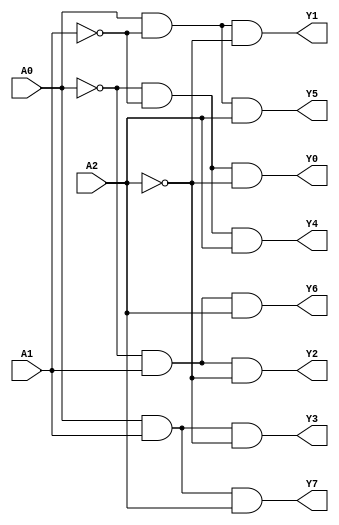
module decoder_3to8 (A0,A1,A2,Y0,Y1,Y2,Y3,Y4,Y5,Y6,Y7);

input A0,A1,A2;
output Y0,Y1,Y2,Y3,Y4,Y5,Y6,Y7;

wire notA0,notA1,notA2;

not(notA0,A0); not(notA1,A1); not(notA2,A2);

and (Y0,notA0,notA1,notA2);
and (Y1,A0,notA1,notA2);
and (Y2,notA0,A1,notA2);
and (Y3,A0,A1,notA2);
and (Y4,notA0,notA1,A2);
and (Y5,A0,notA1,A2);
and (Y6,notA0,A1,A2);
and (Y7,A0,A1,A2);

endmodule

module test_decoder_3to8;

reg _A0,_A1,_A2;
wire _Y0,_Y1,_Y2,_Y3,_Y4,_Y5,_Y6,_Y7;

decoder_3to8 full(.A0(_A0),.A1(_A1),.A2(_A2),.Y0(_Y0),.Y1(_Y1),.Y2(_Y2),.Y3(_Y3),.Y4(_Y4),.Y5(_Y5),.Y6(_Y6),.Y7(_Y7));

initial begin

_A0=1'b0; _A1=1'b0; _A2=1'b0;

#20
_A0=1'b1; _A1=1'b0; _A2=1'b0;

#20
_A0=1'b0; _A1=1'b1; _A2=1'b0;

#20
_A0=1'b1; _A1=1'b1; _A2=1'b0;

#20
_A0=1'b0; _A1=1'b0; _A2=1'b1;

#20
_A0=1'b1; _A1=1'b0; _A2=1'b1;

#20
_A0=1'b0; _A1=1'b1; _A2=1'b1;

#20
_A0=1'b1; _A1=1'b1; _A2=1'b1;

end
endmodule